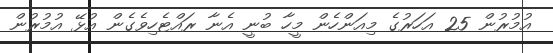
އުމުރުން 25 އަހަރުގެ މިއަންހެން މީހާ ބުނީ އެނާ ރައްޓެހިވެގެން އުޅޭ އުމުރުން